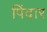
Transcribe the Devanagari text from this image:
पिंदार